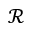
\mathcal { R }